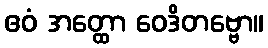
ဧဝံ အတ္ထော ဝေဒိတဗ္ဗော။